Resolution. No. 1369 Ex.
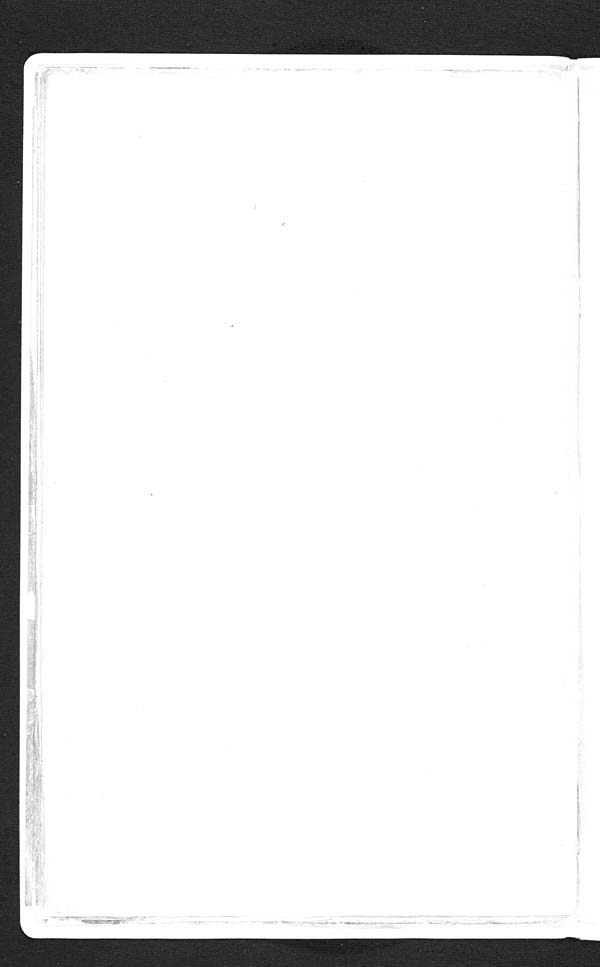
5
ganja and charas do impair the constitution in the long run, specially of the persons taking
low diet.
Again, no attempt is here made to estimate the value of this evidence; but
it is obvious that these witnesses cannot be quoted in support of the proposition
that the moderate use of ganja and charas is deleterious.
STATEMENT III.
Opinions of some medical witnesses on effects.
STATEMENT IV.
Opinions of some witnesses on crime.
The first of these two statements contains extracts from the evidence of 43 witnesses ;
the second from that of 102 witnesses. The evidence in question is analysed at length
by the Commission in paragraphs 500 to 509 in one case ; and in paragraphs 540 to 551 in
the other. It does not appear what objections are raised to the correctness of the Com-
mission's analysis.
STATEMENT V.
Political danger of prohibition.
Extract from the Minute of Dissent.
86. I have given a list in statement V of some witnesses of position and
experience, who state that there would be no political danger of
the use of these drugs if prohibited.
Of the 130 witnesses enumerated in this statement, 89 say that to prohibit the use of
ganja and charas would cause discontent, which might be more or less serious, and 97 are
opposed to total prohibition, either because they think it would be ineffectual, or because
they think it would be an unjustifiable interference with the liberty of the subject. The
reason why they think it would cause no political danger is because of the small number
of consumers as compared to the total population. The Commission analyse in para-
graphs 569 to 584 the evidence relating to prohibition ; and their general conclusion is
given in paragraph 585 of their report.